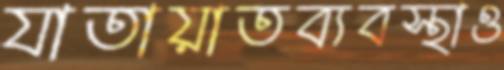
যাতায়াতব্যবস্থাও